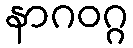
နာဂဝဂ္ဂ